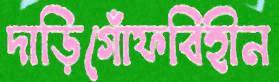
দাড়িগোঁফবিহীন